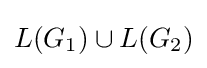
L(G_{1})\cup L(G_{2})